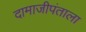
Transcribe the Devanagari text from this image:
दामाजीपंताला